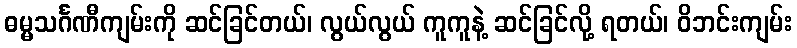
ဓမ္မသင်္ဂဏီကျမ်းကို ဆင်ခြင်တယ်၊ လွယ်လွယ် ကူကူနဲ့ ဆင်ခြင်လို့ ရတယ်၊ ဝိဘင်းကျမ်း